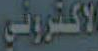
الاكتروني